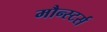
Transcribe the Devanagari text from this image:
मौन्स्टर्स